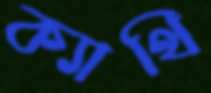
ক্যাথি